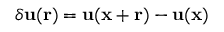
\delta { \bf u } ( { \bf r } ) = { \bf u } ( { \bf x } + \bf { r } ) - { \bf u } ( { \bf x } )